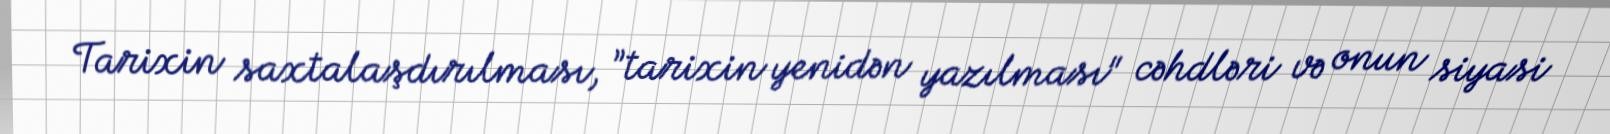
Tarixin saxtalaşdırılması, ”tarixin yenidən yazılması" cəhdləri və onun siyasi